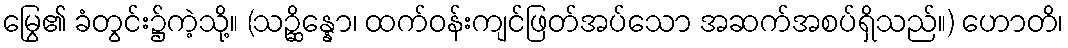
မြွေ၏ ခံတွင်း၌ကဲ့သို့။ (သဉ္ဆိန္နော၊ ထက်ဝန်းကျင်ဖြတ်အပ်သော အဆက်အစပ်ရှိသည်။) ဟောတိ၊